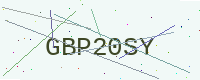
Text: GBP20SY